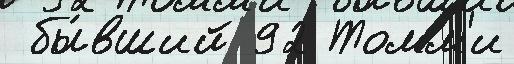
 бы́вший 92 Томм'и